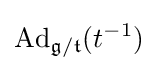
\operatorname {Ad} _{{\mathfrak {g}}/{\mathfrak {t}}}(t^{-1})